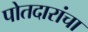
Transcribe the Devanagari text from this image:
पोतदारांचा